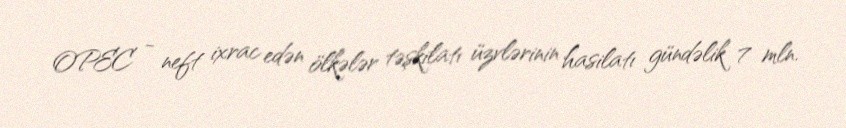
OPEC - neft ixrac edən ölkələr təşkilatı üzvlərinin hasilatı gündəlik 7 mln.